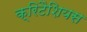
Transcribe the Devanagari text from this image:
क्रिटैशियस